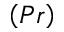
\left( P r \right)